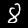
Label: 8